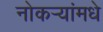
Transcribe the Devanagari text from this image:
नोकर्‍यांमधे